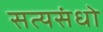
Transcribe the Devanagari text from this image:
सत्यसंधो